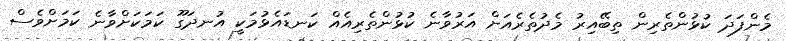
މެންފަދަ ކުޅުންތެރިން ތިބޭއިރު މެދުތެރެއަށް އަރުވާނެ ކުޅުންތެރިއެއް ކަނޑައެޅުމަކީ އުނދަގޫ ކަމަކަށްވާނެ ކަމަށްވެސް